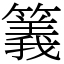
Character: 䉝